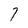
Character: 7